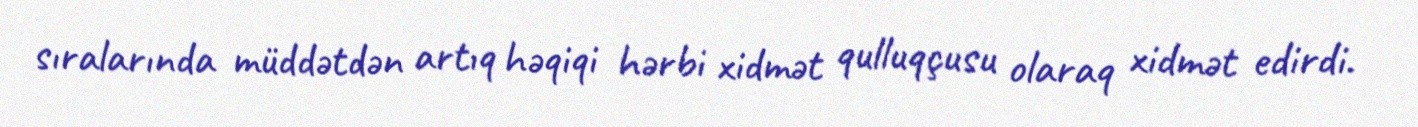
sıralarında müddətdən artıq həqiqi hərbi xidmət qulluqçusu olaraq xidmət edirdi.